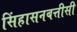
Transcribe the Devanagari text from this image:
सिंहासनबत्तीसी